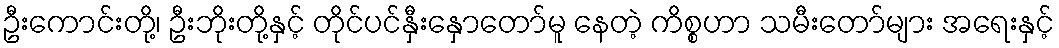
ဦးကောင်းတို့၊ ဦးဘိုးတို့နှင့် တိုင်ပင်နှီးနှောတော်မူ နေတဲ့ ကိစ္စဟာ သမီးတော်များ အရေးနှင့်